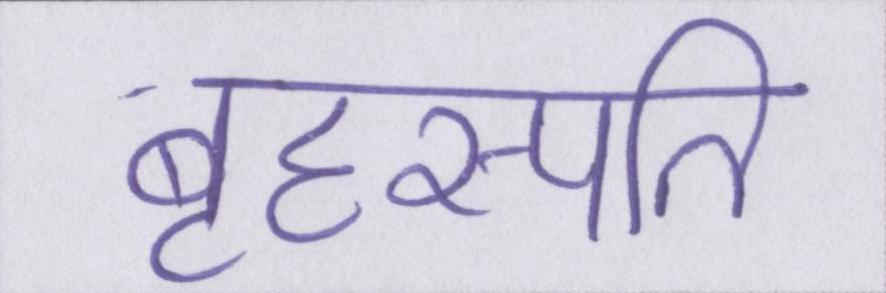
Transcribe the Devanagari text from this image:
बृहस्पति